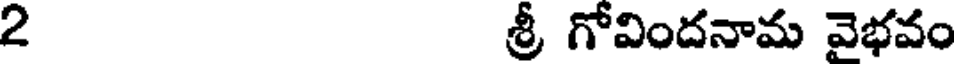
2 శ్రీ గోవిందనామ వెభవం